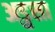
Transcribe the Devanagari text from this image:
अडुसा